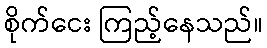
စိုက်ငေး ကြည့်နေသည်။